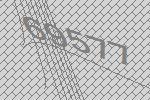
69577